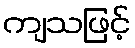
ကျသဖြင့်